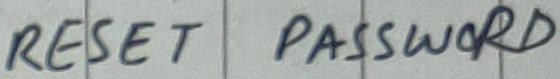
Text: RESET PASSWORD